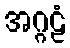
အဂ္ဂဠံ